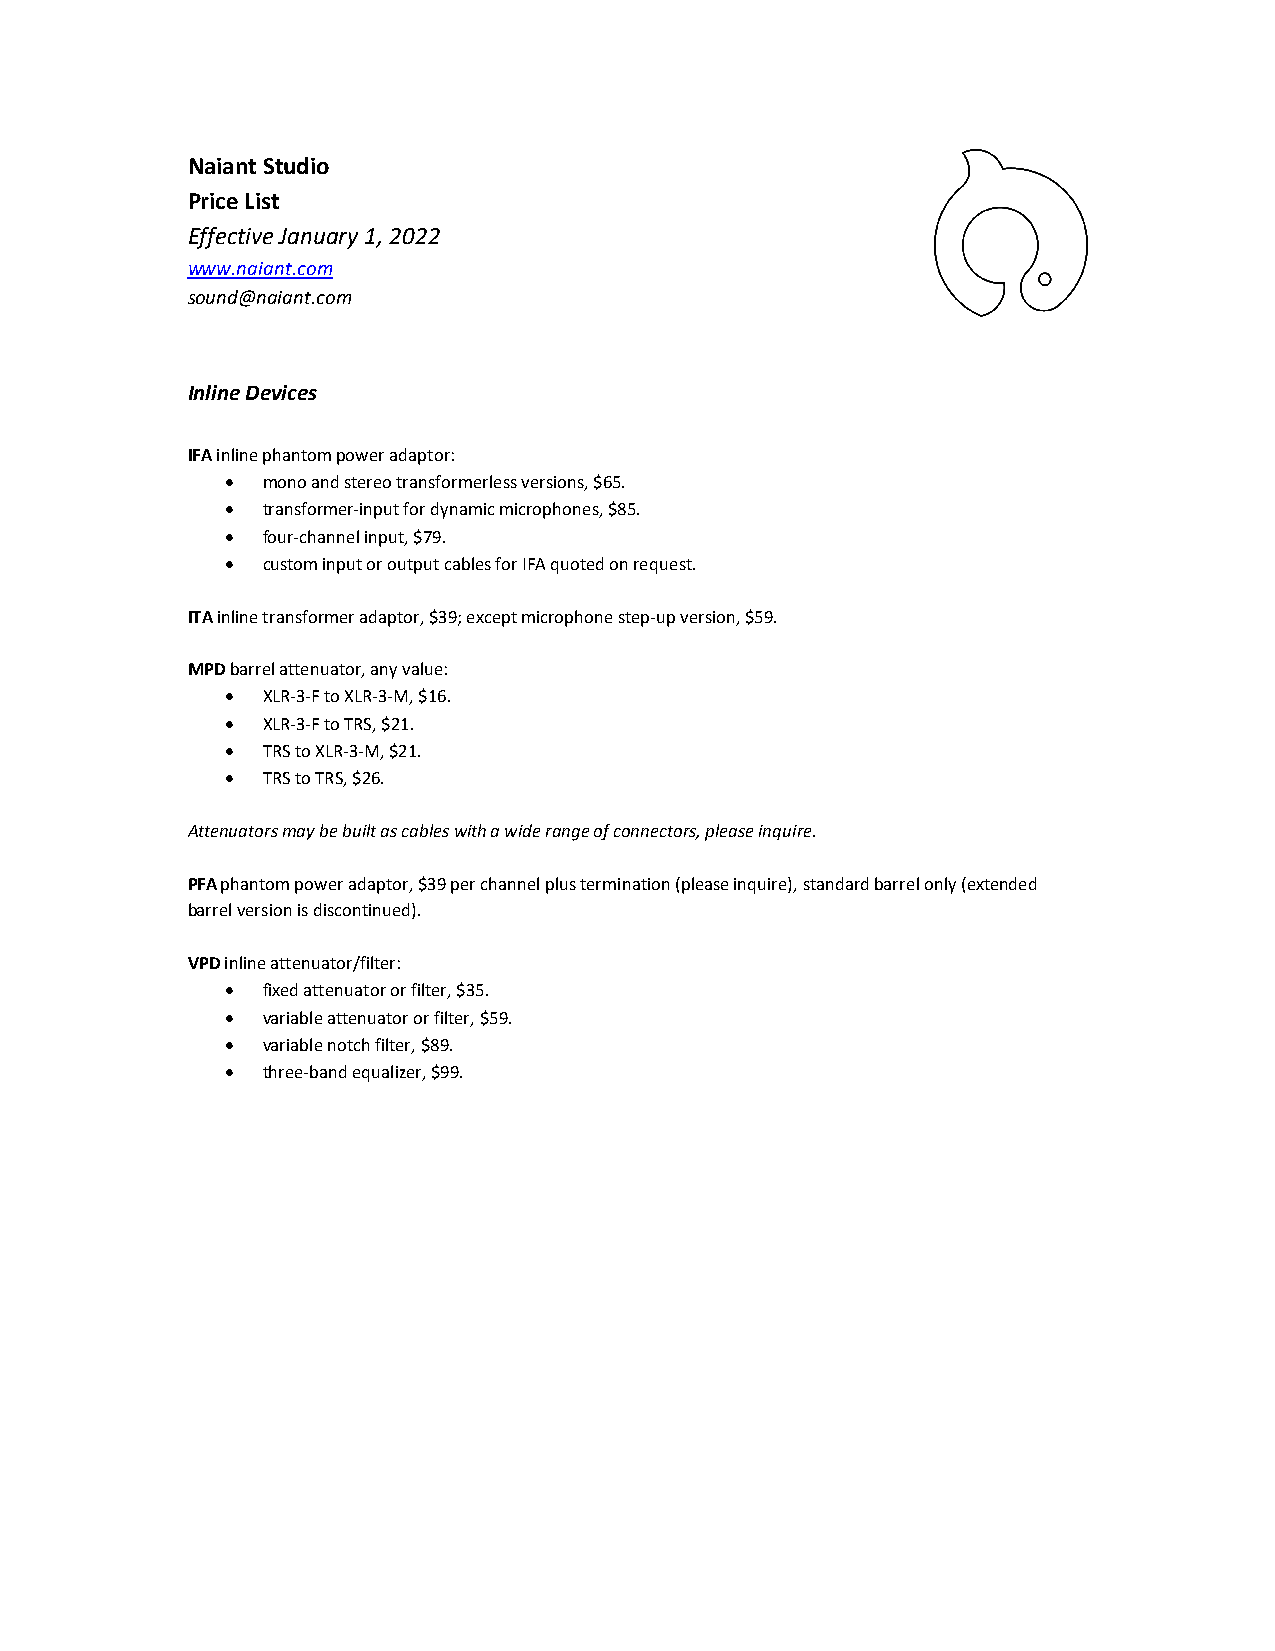
Naiant Studio
 Price List
 Effective January 1, 2022
 www.naiant.com
 sound@naiant.com
 Inline Devices
 IFA inline phantom power adaptor:
  mono and stereo transformerless versions, $65.
  transformer-input for dynamic microphones, $85.
  four-channel input, $79.
  custom input or output cables for IFA quoted on request.
 ITA inline transformer adaptor, $39; except microphone step-up version, $59.
 MPD barrel attenuator, any value:
  XLR-3-F to XLR-3-M, $16.
  XLR-3-F to TRS, $21.
  TRS to XLR-3-M, $21.
  TRS to TRS, $26.
 Attenuators may be built as cables with a wide range of connectors, please inquire.
 PFA phantom power adaptor, $39 per channel plus termination (please inquire), standard barrel only (extended
 barrel version is discontinued).
 VPD inline attenuator/filter:
  fixed attenuator or filter, $35.
  variable attenuator or filter, $59.
  variable notch filter, $89.
  three-band equalizer, $99.